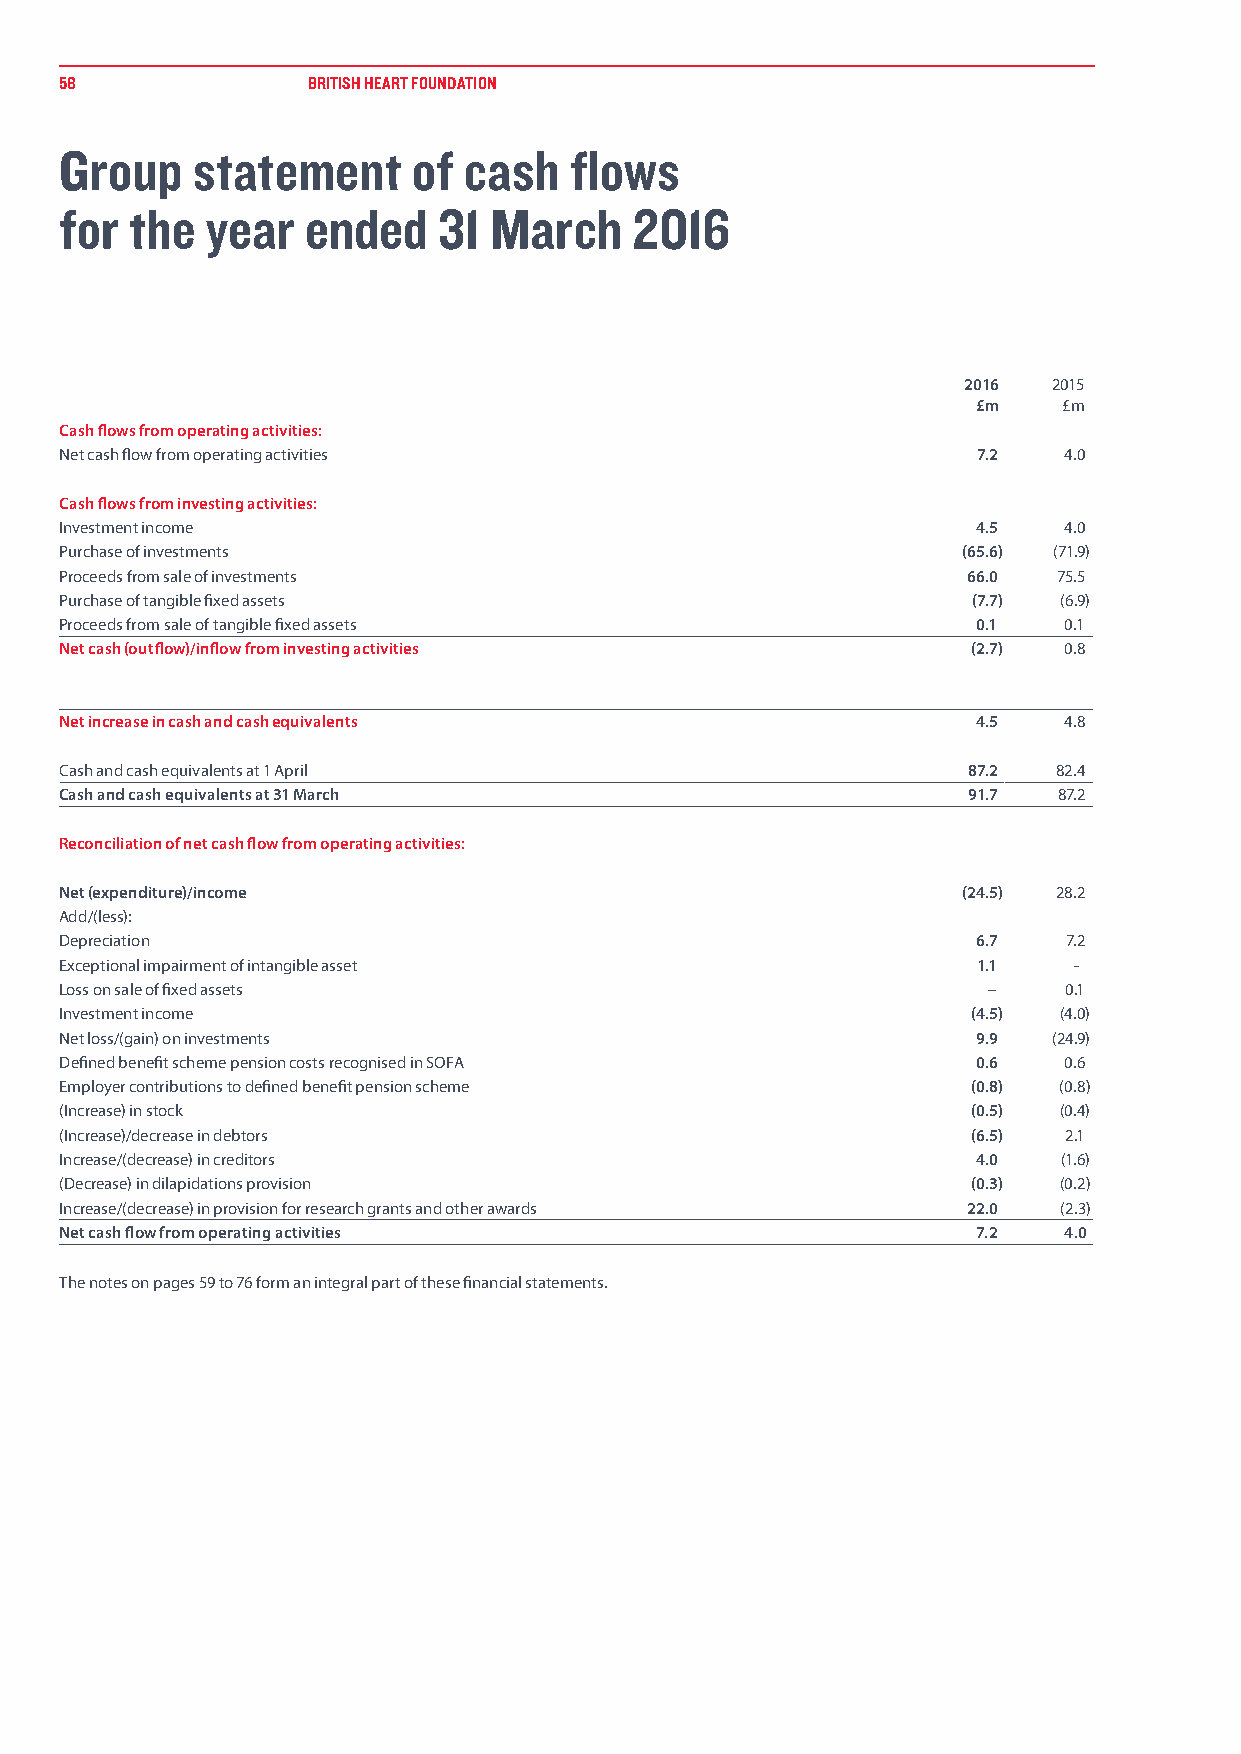
58              BRITISH HEART FOUNDATION
 Group    statement     of  cash   flows
 for  the  year  ended    31 March     2016
 2016  2015
 £m   £m
 Cash flows from operating activities:
 Net cash flow from operating activities                      7.2  4.0
 Cash flows from investing activities:
 Investment income                                            4.5  4.0
 Purchase of investments                                     (65.6) (71.9)
 Proceeds from sale of investments                           66.0  75.5
 Purchase of tangible fixed assets                           (7.7) (6.9)
 Proceeds from sale of tangible fixed assets                  0.1  0.1
 Net cash (outflow)/inflow from investing activities         (2.7) 0.8
 Net increase in cash and cash equivalents                    4.5  4.8
 Cash and cash equivalents at 1 April                        87.2  82.4
 Cash and cash equivalents at 31 March                       91.7  87.2
 Reconciliation of net cash flow from operating activities:
 Net (expenditure)/income                                    (24.5) 28.2
 Add/(less):
 Depreciation                                                 6.7   7.2
 Exceptional impairment of intangible asset                   1.1   -
 Loss on sale of fixed assets                                 –    0.1
 Investment income                                           (4.5) (4.0)
 Net loss/(gain) on investments                               9.9  (24.9)
 Defined benefit scheme pension costs recognised in SOFA      0.6  0.6
 Employer contributions to defined benefit pension scheme    (0.8) (0.8)
 (Increase) in stock                                         (0.5) (0.4)
 (Increase)/decrease in debtors                              (6.5) 2.1
 Increase/(decrease) in creditors                             4.0  (1.6)
 (Decrease) in dilapidations provision                       (0.3) (0.2)
 Increase/(decrease) in provision for research grants and other awards 22.0 (2.3)
 Net cash flow from operating activities                      7.2  4.0
 The notes on pages 59 to 76 form an integral part of these financial statements.